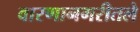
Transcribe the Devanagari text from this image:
वारणानगरीतले